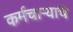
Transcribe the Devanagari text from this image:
कर्मचार्‍यांचे